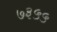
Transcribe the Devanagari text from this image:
७३५५